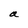
Character: a